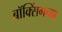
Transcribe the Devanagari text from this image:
बॉक्सिंगच्या